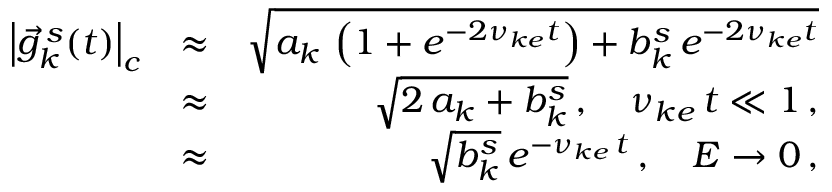
\begin{array} { r l r } { \left| \vec { g } _ { k } ^ { \, s } ( t ) \right| _ { c } } & { \approx } & { \sqrt { a _ { k } \, \left( 1 + e ^ { - 2 \nu _ { k e } t } \right) + b _ { k } ^ { s } \, e ^ { - 2 \nu _ { k e } t } } } \\ & { \approx } & { \sqrt { 2 \, a _ { k } + b _ { k } ^ { s } } \, , \quad \nu _ { k e } \, t \ll 1 \, , } \\ & { \approx } & { \sqrt { b _ { k } ^ { s } } \, e ^ { - \nu _ { k e } \, t } \, , \quad E \rightarrow 0 \, , } \end{array}